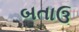
બતાઉ